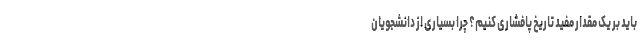
باید بر یک مقدار مفید تاریخ پافشاری کنیم؟ چرا بسیاری از دانشجویان